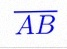
\overline{AB}